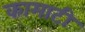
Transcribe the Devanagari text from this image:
कामाटी